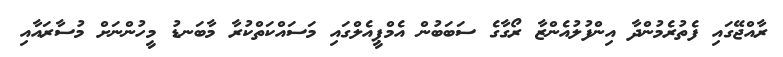
ރާއްޖޭގައި ފެތުރެމުންދާ އިންފުލުއެންޒާ ރޯގާގެ ސަބަބުން އެމްޕީއެލްގައި މަސައްކަތްކުރާ މާބަނޑު މީހުންނަށް މުސާރައާއި